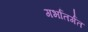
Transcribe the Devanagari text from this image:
गर्भांतर्गत